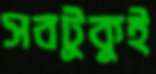
সবটুকুই